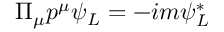
\Pi _ { \mu } p ^ { \mu } \psi _ { L } = - i m \psi _ { L } ^ { * }